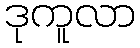
ဒုကူလာ